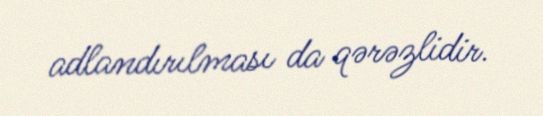
adlandırılması da qərəzlidir.